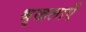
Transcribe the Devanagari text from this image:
श्रृखलाएँ